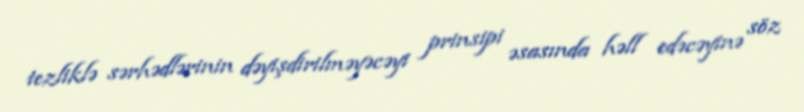
tezliklə sərhədlərinin dəyişdirilməyəcəyi prinsipi əsasında həll edəcəyinə söz